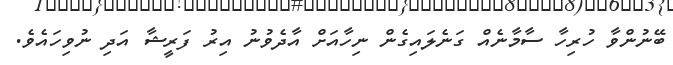
ބޭނުންވާ ހުރިހާ ސާމާނެއް ގަނެލައިގެން ނިހާއަށް އާދެވުނު އިރު ފަރީޝާ އަދި ނުވިހައެވެ.